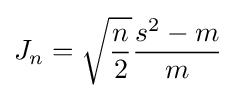
J_{n}={\sqrt {\frac {n}{2}}}{\frac {s^{2}-m}{m}}